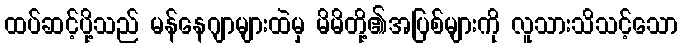
ထပ်ဆင့်ပို့သည် မန်နေဂျာများထဲမှ မိမိတို့၏အပြစ်များကို လူသားသိသင့်သော